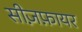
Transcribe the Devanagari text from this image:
सीज़फ़ायर